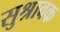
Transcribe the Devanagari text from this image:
सुश्रावक